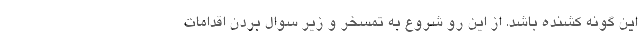
این گونه کشنده باشد. از این رو شروع به تمسخر و زیر سوال بردن اقدامات